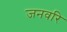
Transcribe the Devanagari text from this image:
जनवरि